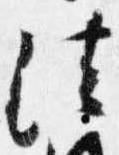
法